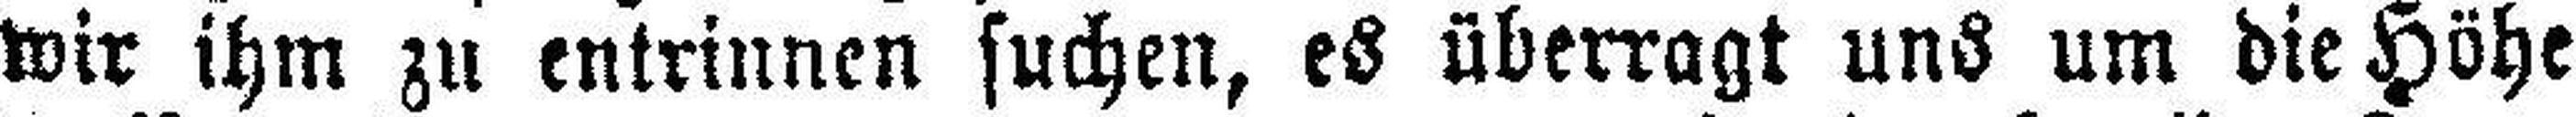
wir ihm zu entrinnen suchen, es überragt uns um die Höhe